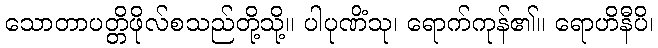
သောတာပတ္တိဖိုလ်စသည်တို့သို့။ ပါပုဏိံသု၊ ရောက်ကုန်၏။ ရောဟိနီပိ၊